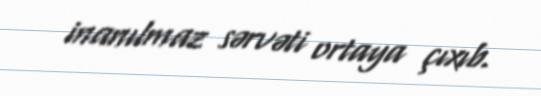
inanılmaz sərvəti ortaya çıxıb.